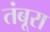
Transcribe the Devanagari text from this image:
तंबूरा